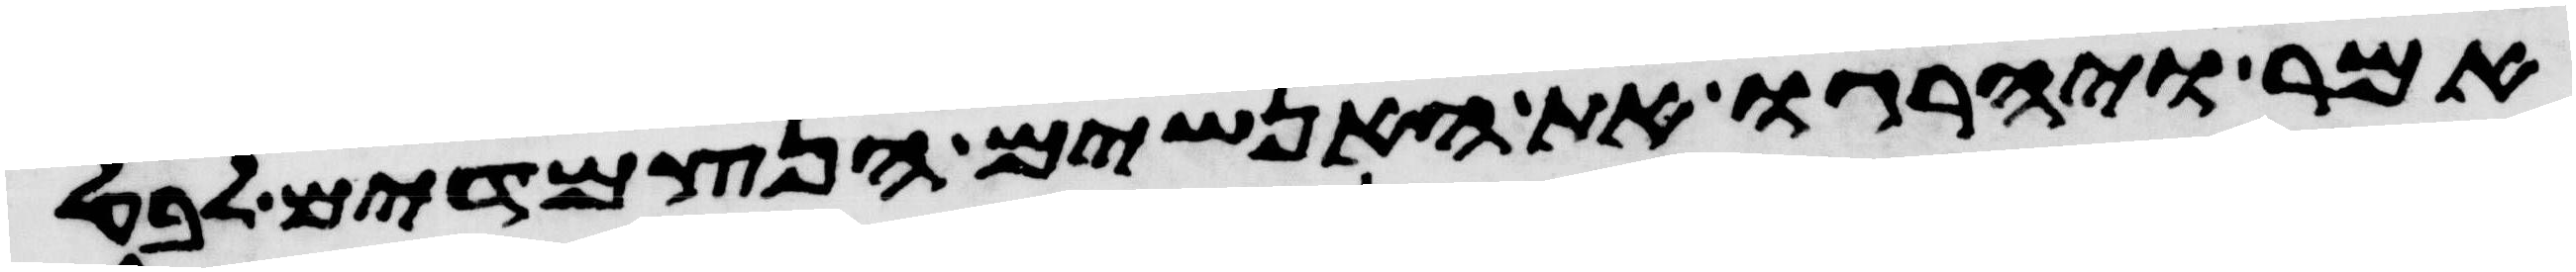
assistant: אמר ויהרגו את האנשים הנצמדים לבעל